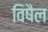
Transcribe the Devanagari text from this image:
विषैल